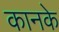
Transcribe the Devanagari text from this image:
कानके